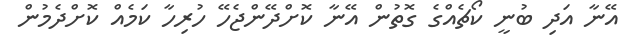
އޭނާ އަދި ބުނީ ކޯޗެއްގެ ގޮތުން އޭނާ ކޮށްދޭންޖެހޭ ހުރިހާ ކަމެއް ކޮށްދެމުން